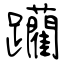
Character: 躪